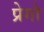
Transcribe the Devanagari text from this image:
प्रेगो